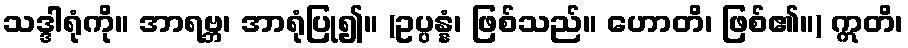
သဒ္ဒါရုံကို။ အာရဗ္ဘ၊ အာရုံပြု၍။ (ဥပ္ပန္နံ၊ ဖြစ်သည်။ ဟောတိ၊ ဖြစ်၏။) ဣတိ၊